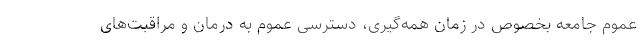
عموم جامعه بخصوص در زمان همه‌گیری، دسترسی عموم به درمان و مراقبت‌های